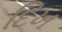
દિખ